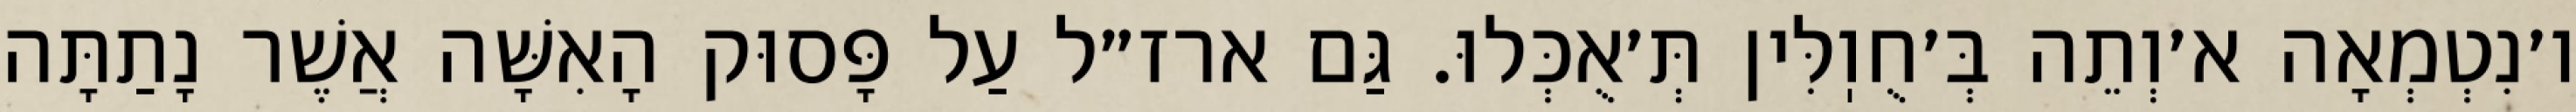
ו׳נִטְמְאָה א׳וְתֵה בְּ׳חֻוֽלִּין תְּ׳אֻכְּלוּ. גַּם ארז״ל עַל פָּסוּק הָאִשָּׁה אֲשֶׁר נָתַתָּה